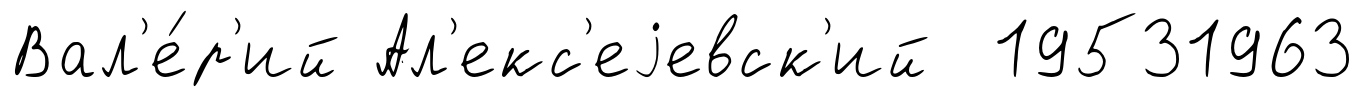
Вал'е́р'ий Ал'екс'еjевск'ий 19531963